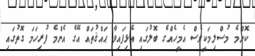
ކޮންމެ މުސްލިމަކީވެސް އެމީހެއްގެ ބޮލުގައި އެޅިފައިވާ ޙައްޤުތައް އޭގެ އެންމެ ފުރިހަމަ ގޮތުގައި